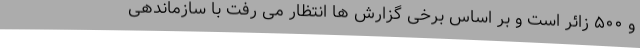
و ۵۰۰ زائر است و بر اساس برخی گزارش ها انتظار می رفت با سازماندهی